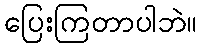
ပြေးကြတာပါဘဲ။